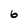
Character: 6